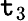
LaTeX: \mathtt{t}_{3}